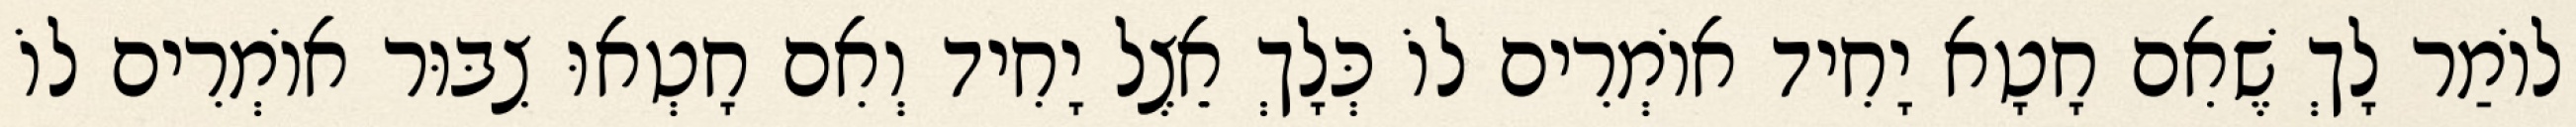
לוֹמַר לָךְ שֶׁאִם חָטָא יָחִיד אוֹמְרִים לוֹ כְּלָךְ אֵצֶל יָחִיד וְאִם חָטְאוּ צִבּוּר אוֹמְרִים לוֹ